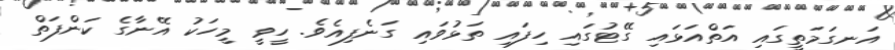
އަނގަމަތީގައި އަތްއަޅައި ގޭޓުގައި ހިފައި ތަޅުވައި ގަނެފިއެވެ. ހީވީ މީހަކު އޭނާގެ ކަންފަތް